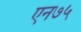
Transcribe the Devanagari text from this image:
एन७५